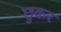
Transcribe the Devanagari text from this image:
छुकर